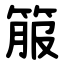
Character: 箙